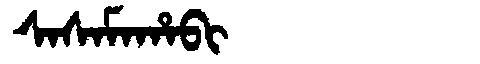
Manchu: ᠰᠠᠰᠠᠮᠠᡥᠠᠪᡳ
Romanization: SASAMAHABI